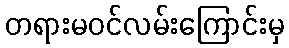
တရားမဝင်လမ်းကြောင်းမှ